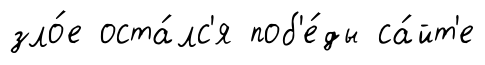
зло́е оста́лс'я поб'е́ды са́йт'е